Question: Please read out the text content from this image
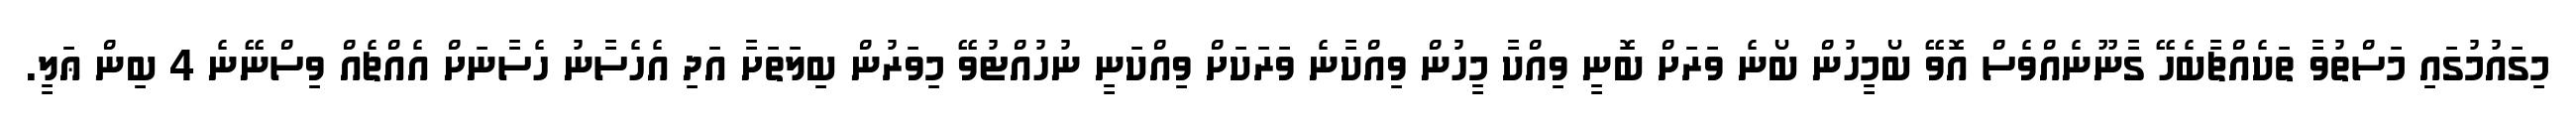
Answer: މިގައުމުގައި މަސްތުވާ ތަކެއްޗާބެހޭ ގާނޫނެއްވެސް އޮވޭ ބޯމީހުން ބޯނެ ވަރަށް ބޮނީ ވިއްކާ މީހުން ވިއްކާނެ ވަރަކަށް ވިއްކަނީ ނުހުއްޓުވޭ މިވަރުން ބިލަތަށާ އަދި އެހެސާނު ހެސާނަށް އެއްޗެއް ވިސްނޭނެ 4 ބިން ޢަލީ.